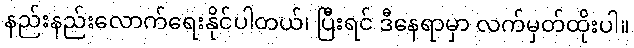
နည်းနည်းလောက်ရေးနိုင်ပါတယ်၊ ပြီးရင် ဒီနေရာမှာ လက်မှတ်ထိုးပါ။